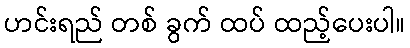
ဟင်းရည် တစ် ခွက် ထပ် ထည့်ပေးပါ။